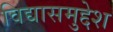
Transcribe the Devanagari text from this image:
विद्यासमुद्देश